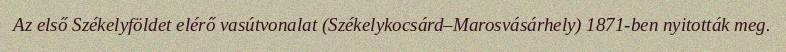
Az első Székelyföldet elérő vasútvonalat (Székelykocsárd–Marosvásárhely) 1871-ben nyitották meg.